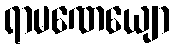
ရာမဏေယျော